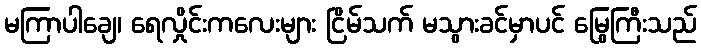
မကြာပါချေ၊ ရေလှိုင်းကလေးများ ငြိမ်သက် မသွားခင်မှာပင် မြွေကြီးသည်